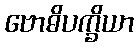
ဗောဓိပက္ခိယာ